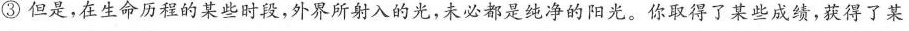
③但是，在生命历程的某些时段，外界所射入的光，未必都是纯净的阳光。你取得了某些成绩，获得了某